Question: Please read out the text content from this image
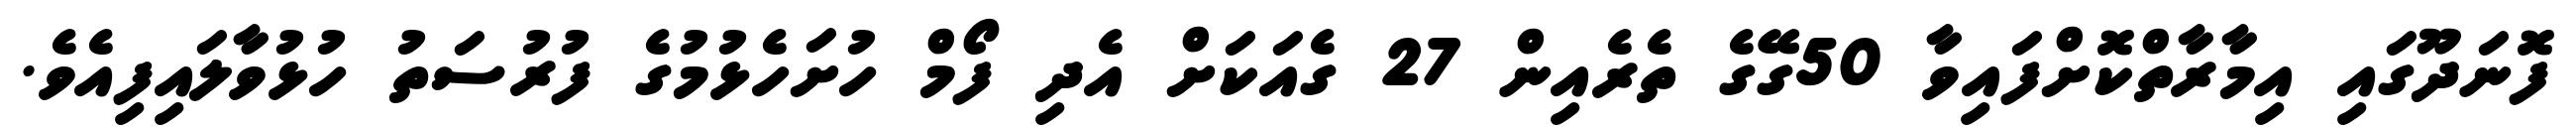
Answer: ފޮނަދޫގައި އިމާރާތްކޮށްފައިވާ 50ގޭގެ ތެރެއިން 27 ގެއަކަށް އެދި ފޯމް ހުށަހެޅުމުގެ ފުރުސަތު ހުޅުވާލައިފިއެވެ.